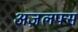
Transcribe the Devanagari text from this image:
अज़लफ्स